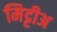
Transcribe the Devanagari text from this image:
मिट्टीअ